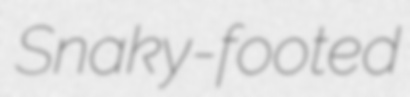
Snaky-footed